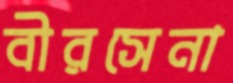
বীরসেনা